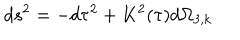
LaTeX: d s ^ { 2 } = - d \tau ^ { 2 } + K ^ { 2 } ( \tau ) d \Omega _ { 3 , k }